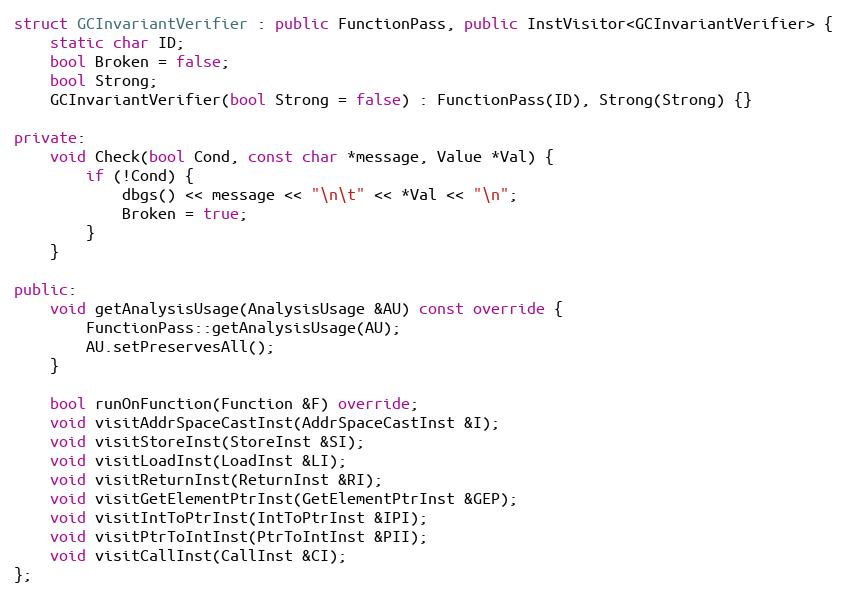
Language: C++
struct GCInvariantVerifier : public FunctionPass, public InstVisitor<GCInvariantVerifier> {
    static char ID;
    bool Broken = false;
    bool Strong;
    GCInvariantVerifier(bool Strong = false) : FunctionPass(ID), Strong(Strong) {}

private:
    void Check(bool Cond, const char *message, Value *Val) {
        if (!Cond) {
            dbgs() << message << "\n\t" << *Val << "\n";
            Broken = true;
        }
    }

public:
    void getAnalysisUsage(AnalysisUsage &AU) const override {
        FunctionPass::getAnalysisUsage(AU);
        AU.setPreservesAll();
    }

    bool runOnFunction(Function &F) override;
    void visitAddrSpaceCastInst(AddrSpaceCastInst &I);
    void visitStoreInst(StoreInst &SI);
    void visitLoadInst(LoadInst &LI);
    void visitReturnInst(ReturnInst &RI);
    void visitGetElementPtrInst(GetElementPtrInst &GEP);
    void visitIntToPtrInst(IntToPtrInst &IPI);
    void visitPtrToIntInst(PtrToIntInst &PII);
    void visitCallInst(CallInst &CI);
};